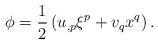
LaTeX: \begin{align*}\phi=\frac{1}{2}\left(u_{,p}\xi^p+v_qx^q\right).\end{align*}